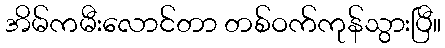
အိမ်ကမီးလောင်တာ တစ်ဝက်ကုန်သွားပြီ။